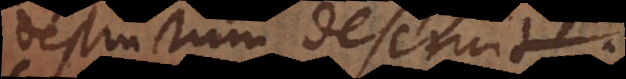
destructum deseruit.